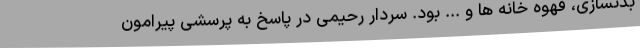
بدنسازی، قهوه خانه ها و ... بود. سردار رحیمی در پاسخ به پرسشی پیرامون